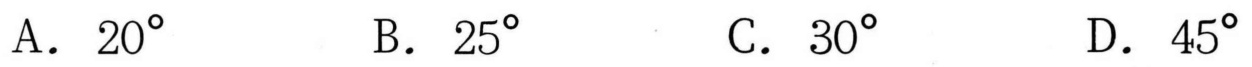
A. \(20^{\circ}\)  \(\quad\) B. \(25^{\circ}\)  \(\quad\) C. \(30^{\circ}\)  \(\quad\) D. \(45^{\circ}\)